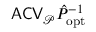
\mathsf { A C V } _ { \mathcal P } \hat { P } _ { \mathrm { o p t } } ^ { - 1 }